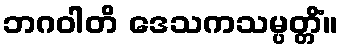
ဘဂဝါတိ ဒေသကသမ္ပတ္တိံ။